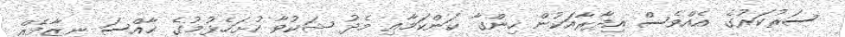
ސަރުކަރުގެ އެއްވެސް އިދާރާއަކުން ހިންގާ ކަންކަމާއި މެދު ޝަކުވާ ހުށަހެޅުމުގެ ޚާއްސަ ނިޒާމެއް